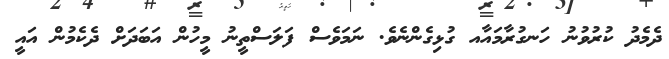
ދެމެދު ކުރުވުނު ހަނގުރާމައާއ ގުޅިގެންނެވެ. ނަމަވެސް ފަލަސްތީނު މީހުން އަބަދަށް ދެކެމުން އައީ